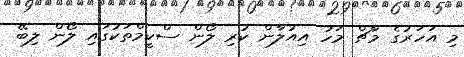
މި އަހަރުގެ މާޗް މަހު އިއުލާން ކުރި ލޯން ސްކީމްތަކުގައި ލޯން ލިބޭ